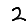
Digit: 2